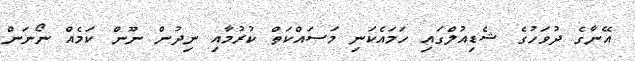
އޭނާގެ ދުވަހުގެ ޝެޑިއުލްގައި ހަމައެކަނި މަސައްކަތް ކުރުމާއި ނިދުން ނޫން ކަމެއް ނޯނަން